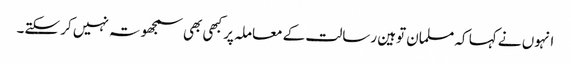
انہوں نے کہا کہ مسلمان توہین رسالت کے معاملہ پر کبھی بھی سمجھوتہ نہیں کر سکتے۔